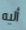
أليه